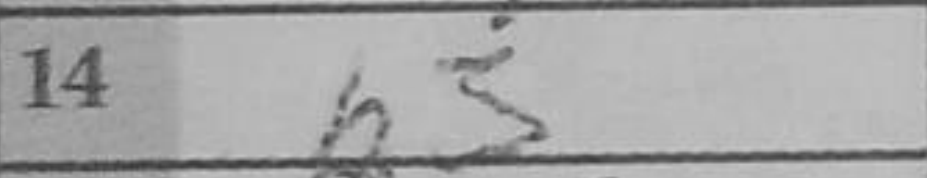
Transcription: b3